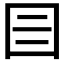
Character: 𡆨